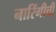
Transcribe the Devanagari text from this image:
नारिंगीची